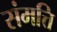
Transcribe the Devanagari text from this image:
संमत्ति